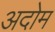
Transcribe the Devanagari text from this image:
अदोम